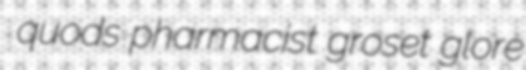
quods pharmacist groset glore